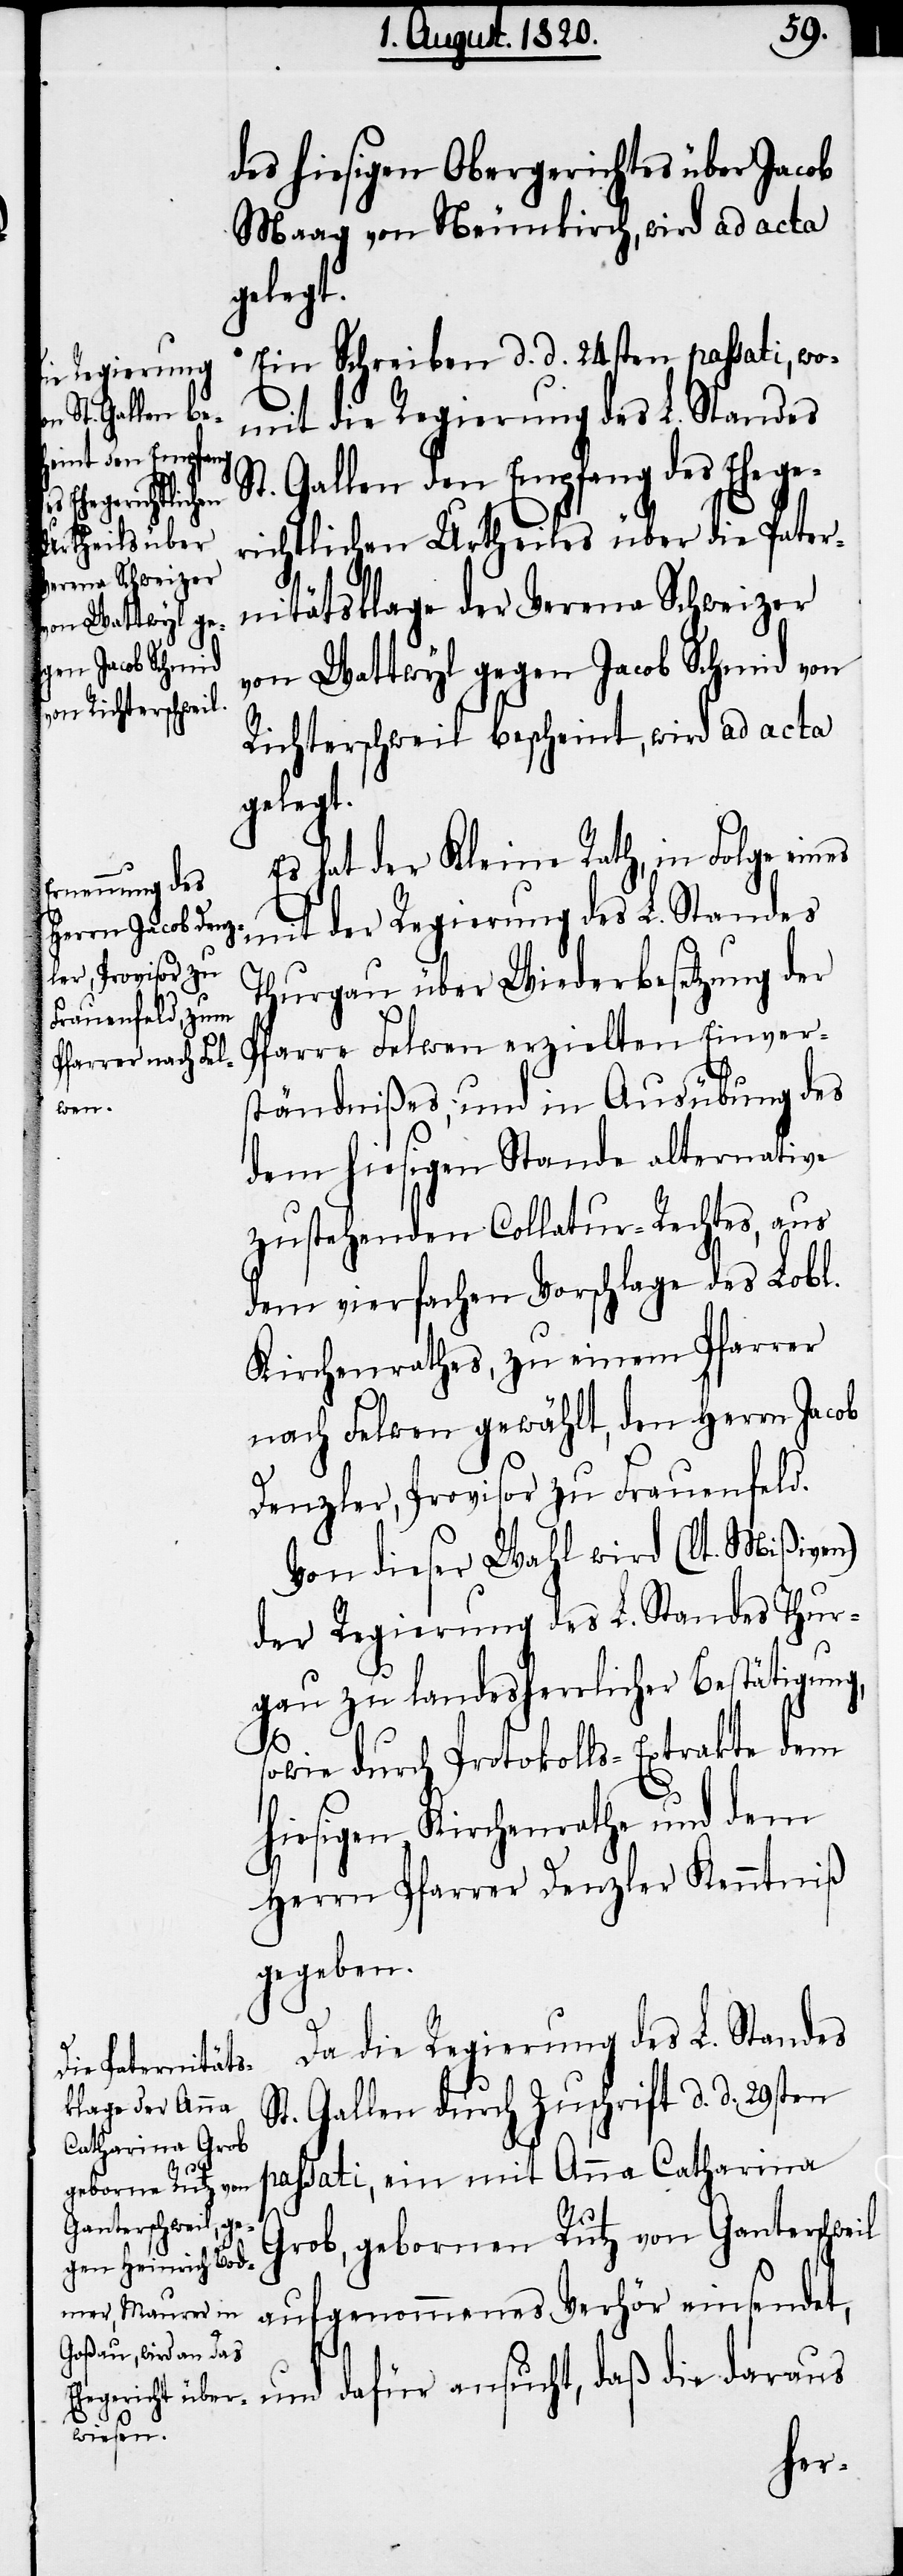
des hiesigen Obergerichtes über Jacob
Maag von Neunkirch, wird ad acta
gelegt.
Ein Schreiben d. d. 24sten passati, wo¬
mit die Regierung des L. Standes
St. Gallen den Empfang des Ehege¬
richtlichen Urtheiles über die Pater¬
nitätsklage der Verna Schweizer
von Wattwyl gegen Jacob Schmid von
Richterschweil bescheint, wird ad acta
gelegt.
Es hat der Kleine Rath, in Folge eines
mit der Regierung des L. Standes
Thurgau über Wiederbesetzung der
Pfarre Felwen erzielten Einver¬
ständnißes, und in Ausübung des
dem hiesigen Stande alternative
zustehenden Collatur-Rechtes, aus
dem vierfachen Vorschlage des Lobl.
Kirchenrathes, zu einem Pfarrer
nach Felwen gewählt, den Herrn Jacob
Denzler, Provisor zu Frauenfeld.
Von dieser Wahl wird (lt. Mißiven)
der Regierung des L. Standes Thur¬
gau zu landesherrlicher Bestätigung,
sowie durch Protokolls-Extrakte dem
hiesigen Kirchenrathe und dem
Herrn Pfarrer Denzler Kenntniß
gegeben.
Da die Regierung des L. Standes
St. Gallen durch Zuschrift d. d. 29sten
passati, ein mit Anna Catharina
Grob, gebornen Rutz vom Ganterschweil
aufgenommenes Verhör einsend¬
et, und dafür ansucht, daß die daraus